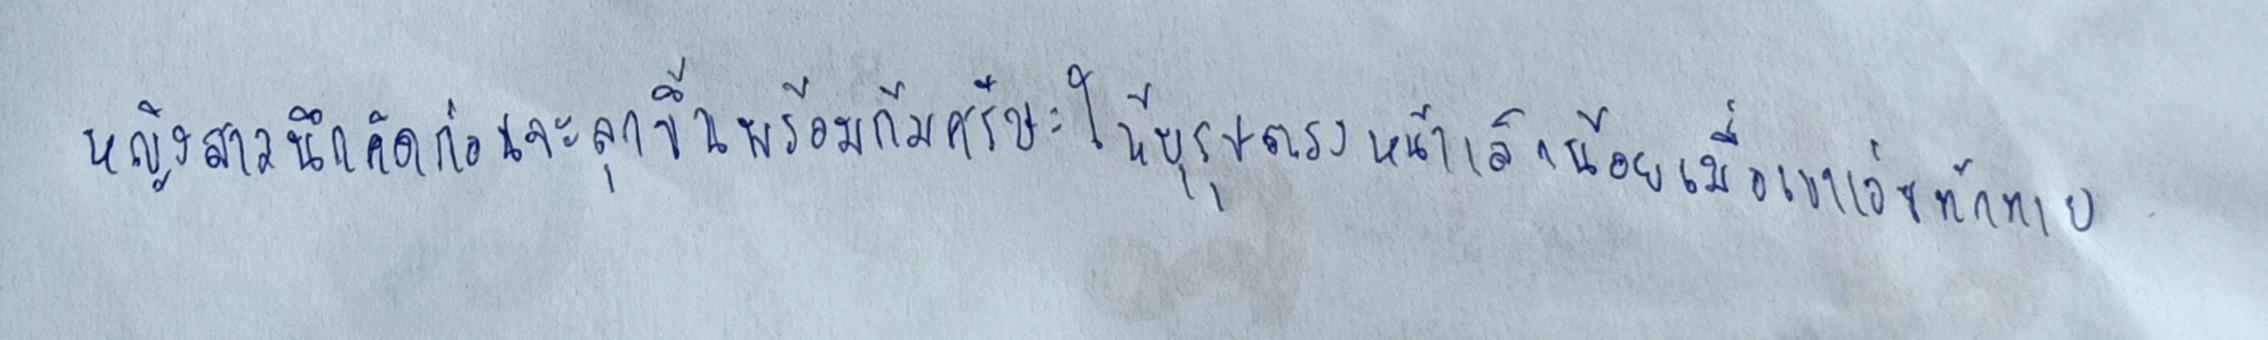
หญิงสาวนึกคิดก่อนจะลุกขึ้นพร้อมก้มศีรษะให้บุรุษตรงหน้าเล็กน้อยเมื่อเขาเอ่ยทักทาย